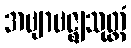
အဗျာဗဇ္ဈသုတ္တံ